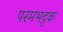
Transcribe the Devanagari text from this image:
परमभट्टक